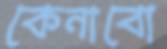
কেনাবো